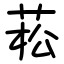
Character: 菘